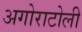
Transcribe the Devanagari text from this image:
अगोराटोली